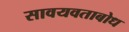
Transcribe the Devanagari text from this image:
सावयवताबोध